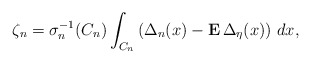
\begin{align*}\zeta _{n}=\sigma _{n}^{-1}(C_{n})\int_{C_{n}}\left( \Delta _{n}(x)-{\bf E\,}\Delta _{\eta }(x)\right) \,dx, \end{align*}